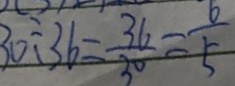
3 0 \div 3 6 = \frac { 3 6 } { 3 0 } = \frac { 6 } { 5 }